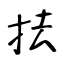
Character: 抾